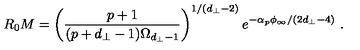
R _ { 0 } M = \left( \frac { p + 1 } { ( p + d _ { \perp } - 1 ) \Omega _ { d _ { \perp } - 1 } } \right) ^ { 1 / ( d _ { \perp } - 2 ) } e ^ { - \alpha _ { p } \phi _ { \infty } / ( 2 d _ { \perp } - 4 ) } \ .